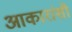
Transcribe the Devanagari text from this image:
आकारांशी